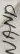
Text: NAND